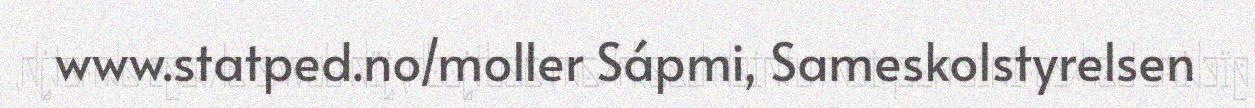
www.statped.no/moller Sápmi, Sameskolstyrelsen